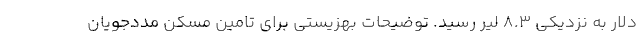
دلار به نزدیکی ۸.۳ لیر رسید. توضیحات بهزیستی برای تامین مسکن مددجویان